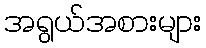
အရွယ်အစားများ